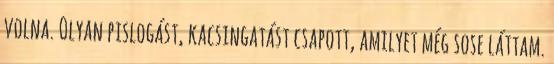
volna. Olyan pislogást, kacsingatást csapott, amilyet még sose láttam.